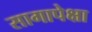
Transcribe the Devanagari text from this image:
सागापेक्षा